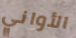
الأواني